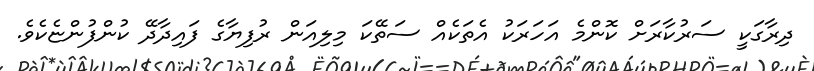
ދިރާގަކީ ސަރުކާރަށް ކޮންމެ އަހަރަކު އެތަކެއް ސަތޭކަ މިލިއަން ރުފިޔާގެ ފައިދާދޭ ކުންފުންޏެކެވެ.